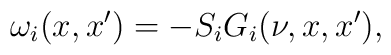
\omega_i(x,x')= -S_i G_i (\nu,x,x'),